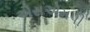
એસએમપી